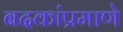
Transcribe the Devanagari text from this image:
बदकांप्रमाणे